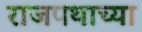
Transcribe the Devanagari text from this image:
राजपथाच्या